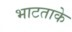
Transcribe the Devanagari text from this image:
भाटताके